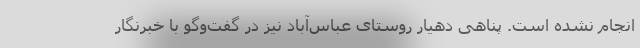
انجام نشده است. پناهی دهیار روستای عباس‌آباد نیز در گفت‌وگو با خبرنگار